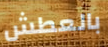
بالعطش